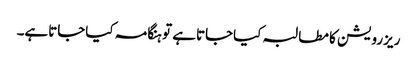
ریزرویشن کا مطالبہ کیاجاتاہے تو ہنگامہ کیاجاتاہے۔